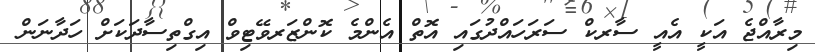
މިރާއްޖެ އަކީ އެއީ ސާރކް ސަރަހައްދުގައި އޮތް އެންމެ ކޮންޒަރވޭޓިވް އިގްތިސާދަކަށް ހަދާނަން